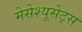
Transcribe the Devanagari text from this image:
मेसेश्यूसेट्स